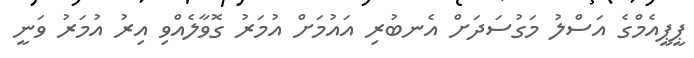
ޕީޕީއެމްގެ އަސްލު މަގުސަދަށް އެނބުރި އައުމަށް އުމަރު ގޮވާލެއްވި އިރު އުމަރު ވަނީ